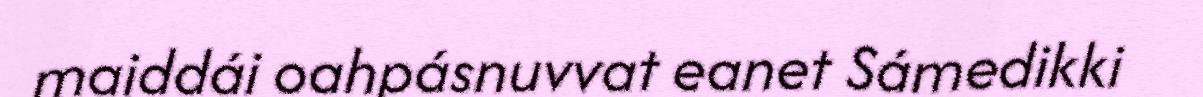
maiddái oahpásnuvvat eanet Sámedikki